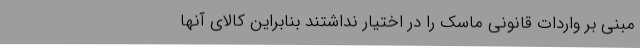
مبنی بر واردات قانونی ماسک را در اختیار نداشتند بنابراین کالای آنها